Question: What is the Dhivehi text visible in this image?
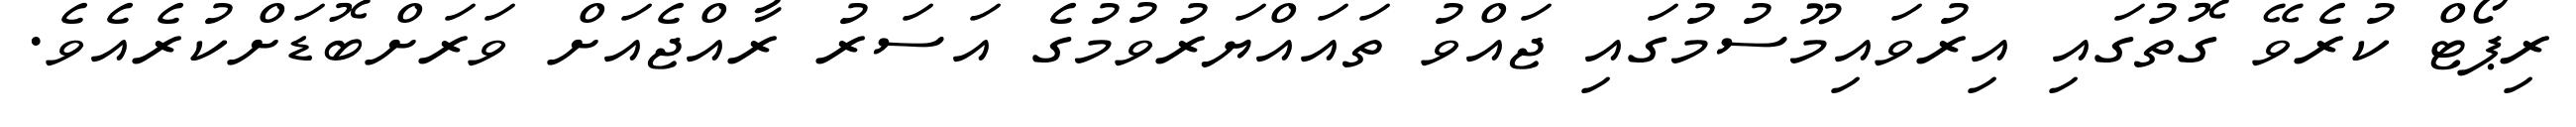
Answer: ރިޕޯޓް ކުރެވޭ ގޮތުގައި އިރުވައިމޫސުމުގައި ޖައްވު ތައައްޔަރުވުމުގެ އަސަރު ރާއްޖެއަށް ވަރަށްބޮޑަށްކުރެއެވެ.